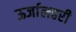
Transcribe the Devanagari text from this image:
ऊर्जालहरी